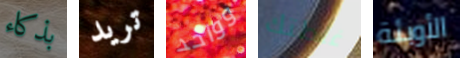
بذكاء تريد وواحد غلطتك الأوبئة